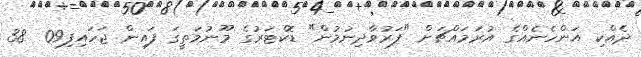
ދެއްކި އަންހެނެއްގެ އުރަމައްޗަށް "ފަރުވާދިނުމުން" ޑޮކްޓަރުގެ މޫނުމަތީގަ ފައިން ޖަހައިފި09  38